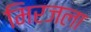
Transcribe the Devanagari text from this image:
मिरजला